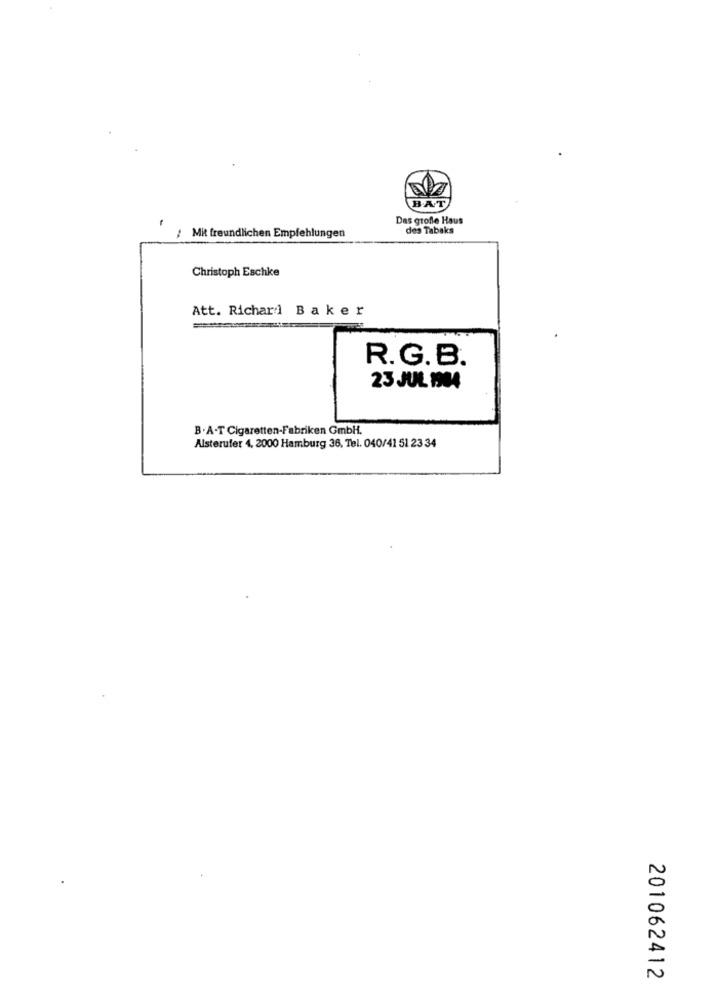
BAT
Das grofle Haus
des Tabaks
Mit freundlichen Empfehlungen
Christoph Eschke
Att. Richard B a ker
R.G.B.
23 JUL 1904
B .A-T Cigaretten-Fabriken GmbH.
Alsterufer 4, 2000 Hamburg 36, Tel. 040/41 51 23 34
201062412